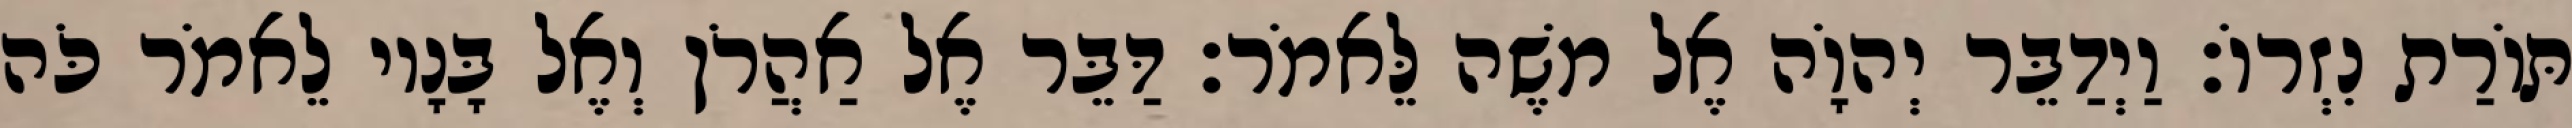
תּוֹרַת נִזְרוֹ׃ וַיְדַבֵּר יְהוָֹה אֶל משֶׁה לֵּאמֹר׃ דַּבֵּר אֶל אַהֲרֹן וְאֶל בָּנָיו לֵאמֹר כֹּה